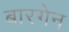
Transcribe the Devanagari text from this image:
बारगेन